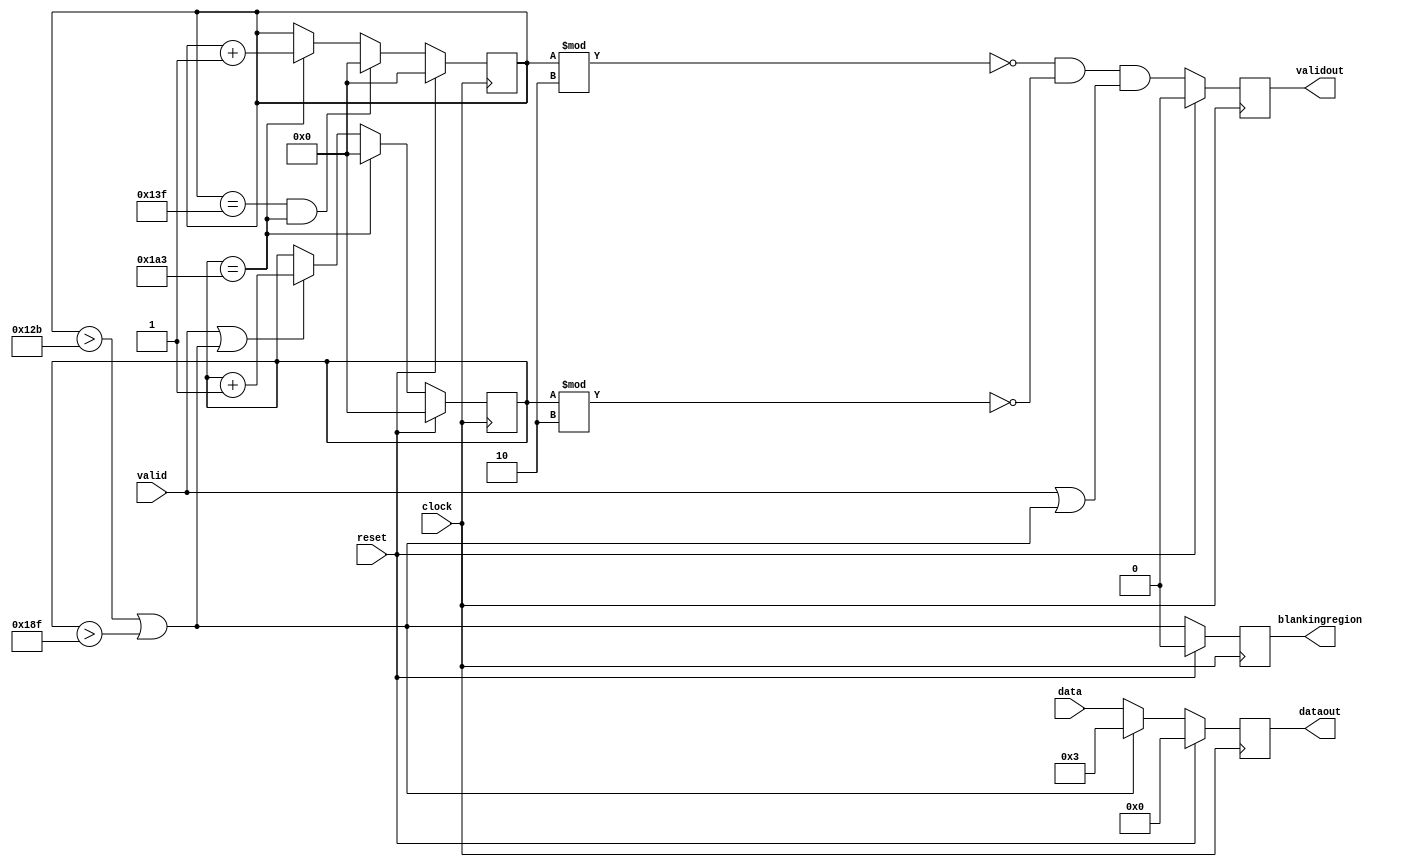
module Downsampler4x(
    input clock,
    input reset,

    input valid,
    input [7:0] data,

    output reg [7:0] dataout,
    output reg validout,
    output reg blankingregion
);

localparam ROW_WITH_PAD = 319;
localparam COL_WITH_PAD = 419;

reg [12:0] rowcounter, colcounter;

wire validoutregin, blankingregionin;
wire [7:0] dataoutregin;
wire [12:0] next_row;
wire [12:0] next_col;

assign validoutregin = (rowcounter % 2 == 0) && (colcounter % 2 == 0) && (valid || blankingregionin);
assign blankingregionin = (rowcounter > 299) || (colcounter > 399);
assign dataoutregin = (blankingregionin ? 3 : data);
assign next_row = ((rowcounter == ROW_WITH_PAD) && (colcounter == COL_WITH_PAD)) ? 0 : ((colcounter == COL_WITH_PAD) ? (rowcounter + 1) : rowcounter);
assign next_col = (colcounter == COL_WITH_PAD) ? 0 : ((valid | blankingregionin) ? (colcounter + 1) : colcounter);


always @(posedge clock) begin
    if(reset) begin
        rowcounter <= 0;
        colcounter <= 0;
        dataout <= 0;
        validout <= 0;
        blankingregion <= 0;
    end else begin
        validout <= validoutregin; 
        rowcounter <= next_row;
        colcounter <= next_col;
        blankingregion <= blankingregionin;
        dataout <= dataoutregin;
    end
end

endmodule